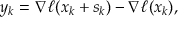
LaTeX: y _ { k } = \nabla \ell ( x _ { k } + s _ { k } ) - \nabla \ell ( x _ { k } ) ,